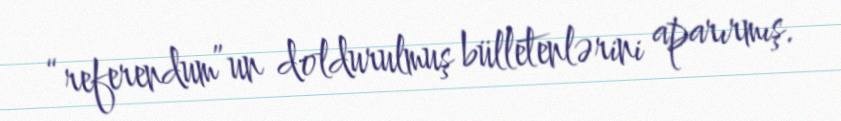
“referendum”un doldurulmuş bülletenlərini aparırmış.